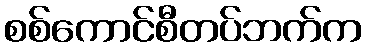
စစ်ကောင်စီတပ်ဘက်က